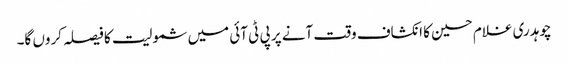
چوہدری غلام حسین کا انکشاف وقت آنے پر پی ٹی آئی میں شمولیت کا فیصلہ کروں گا۔